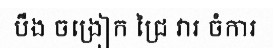
បឹង ចង្រៀក ជ្រៃ វារ ចំការ